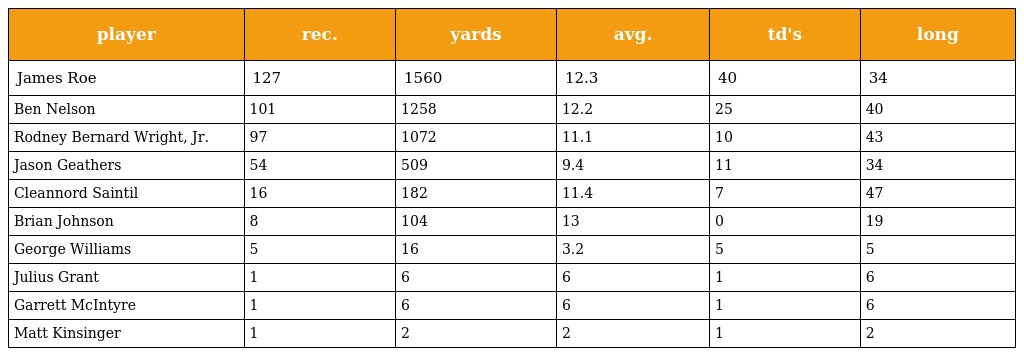
| player | rec. | yards | avg. | td's | long |
 | --- | --- | --- | --- | --- | --- |
 | James Roe | 127 | 1560 | 12.3 | 40 | 34 |
 | Ben Nelson | 101 | 1258 | 12.2 | 25 | 40 |
 | Rodney Bernard Wright, Jr. | 97 | 1072 | 11.1 | 10 | 43 |
 | Jason Geathers | 54 | 509 | 9.4 | 11 | 34 |
 | Cleannord Saintil | 16 | 182 | 11.4 | 7 | 47 |
 | Brian Johnson | 8 | 104 | 13 | 0 | 19 |
 | George Williams | 5 | 16 | 3.2 | 5 | 5 |
 | Julius Grant | 1 | 6 | 6 | 1 | 6 |
 | Garrett McIntyre | 1 | 6 | 6 | 1 | 6 |
 | Matt Kinsinger | 1 | 2 | 2 | 1 | 2 |